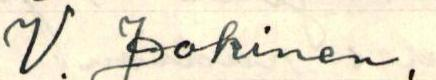
V. Jokinen.